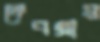
দেবগ্রাম